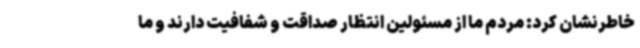
خاطرنشان کرد: مردم ما از مسئولین انتظار صداقت و شفافیت دارند و ما